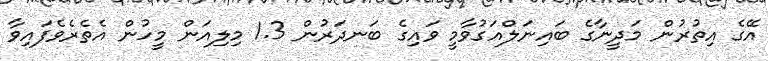
އޭގެ އިތުރުން މަދީނާގެ ބައިނަލްއަގުވާމީ ވައިގެ ބަނދަރުން 1.3 މިލިއަން މީހުން އެތެރެވެފައިވާ